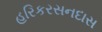
હરિકરસનદાસ